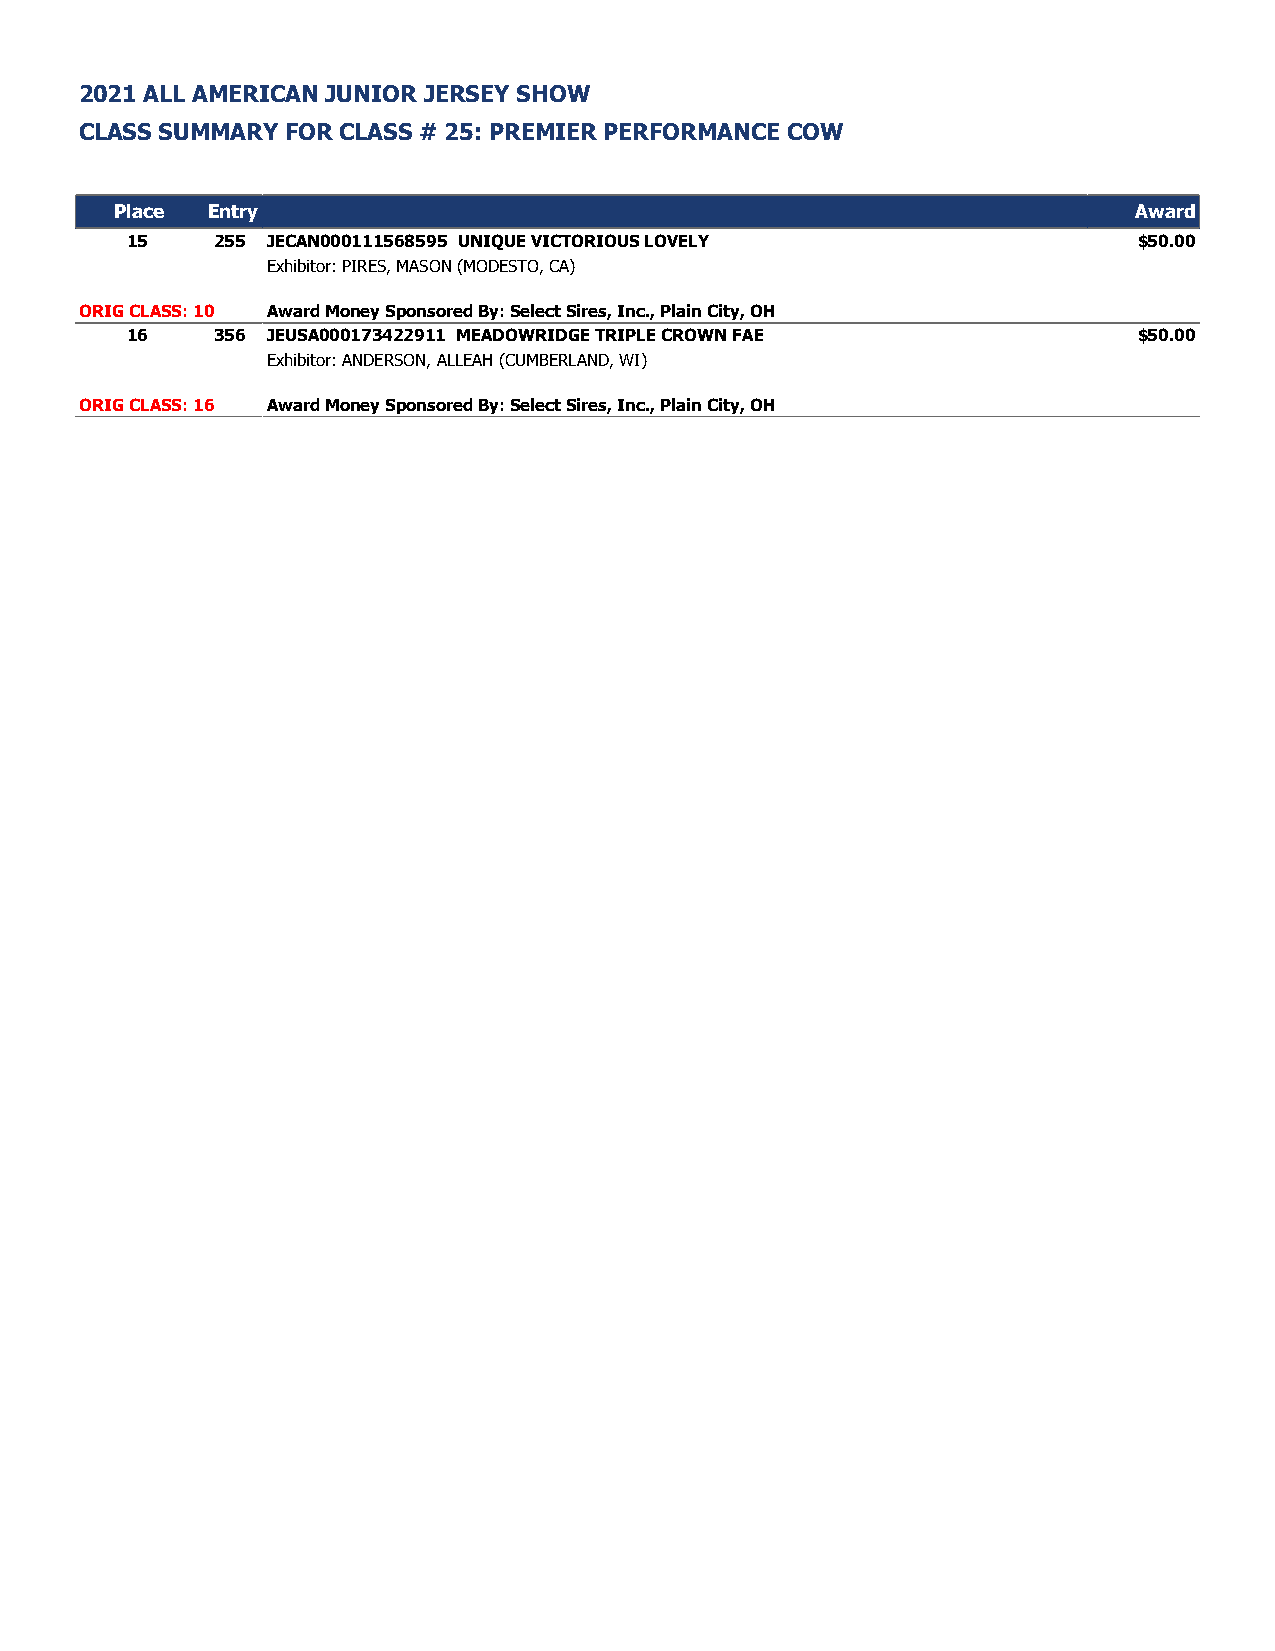
2021 ALL AMERICAN JUNIOR JERSEY SHOW
 CLASS SUMMARY FOR CLASS # 25: PREMIER PERFORMANCE COW
 Place Entry                                                        Award
 15    255 JECAN000111568595 UNIQUE VICTORIOUS LOVELY               $50.00
 Exhibitor: PIRES, MASON (MODESTO, CA)
 ORIG CLASS: 10 Award Money Sponsored By: Select Sires, Inc., Plain City, OH
 16    356 JEUSA000173422911 MEADOWRIDGE TRIPLE CROWN FAE           $50.00
 Exhibitor: ANDERSON, ALLEAH (CUMBERLAND, WI)
 ORIG CLASS: 16 Award Money Sponsored By: Select Sires, Inc., Plain City, OH